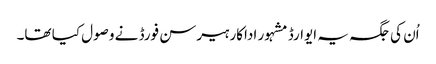
اُن کی جگہ یہ ایوارڈ مشہور اداکار ہیرسن فورڈ نے وصول کیا تھا۔